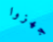
جهزوا